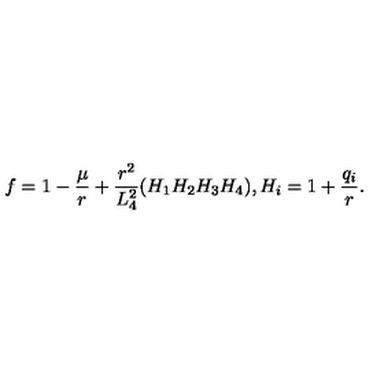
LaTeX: f = 1 - \frac { \mu } { r } + \frac { r ^ { 2 } } { L _ { 4 } ^ { 2 } } ( H _ { 1 } H _ { 2 } H _ { 3 } H _ { 4 } ) , H _ { i } = 1 + \frac { q _ { i } } { r } .